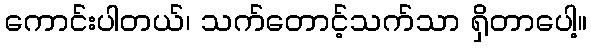
ကောင်းပါတယ်၊ သက်တောင့်သက်သာ ရှိတာပေါ့။